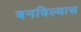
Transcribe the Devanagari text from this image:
बनविल्यास